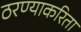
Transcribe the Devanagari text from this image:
ठरण्याकरिता